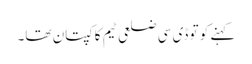
کہنے کو تو ڈی سی ضلعی ٹیم کا کپتان تھا۔